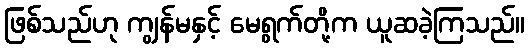
ဖြစ်သည်ဟု ကျွန်မနှင့် မေရွက်တို့က ယူဆခဲ့ကြသည်။